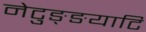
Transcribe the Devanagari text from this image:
नेटुङ्ङयाटि